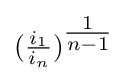
({\tfrac {i_{1}}{i_{n}}})^{\tfrac {1}{n-1}}